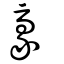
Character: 豪